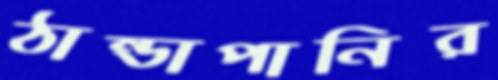
ঠান্ডাপানির